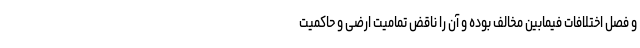
و فصل اختلافات فیمابین مخالف بوده و آن را ناقض تمامیت ارضی و حاکمیت